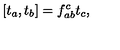
[ t _ { a } , t _ { b } ] = f _ { a b } ^ { c } t _ { c } ,